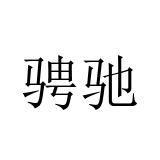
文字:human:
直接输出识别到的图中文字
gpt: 骋驰